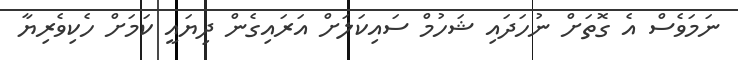
ނަމަވެސް އެ ގޮތަށް ނުހަދައި ޝަހުމް ސައިކަލަށް އަރައިގެން ދިޔައީ ކަމަށް ހެކިވެރިޔާ